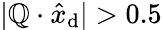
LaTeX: |\mathbb{Q}\cdot\hat{{x}}_{\textrm{{d}}}|>0.5